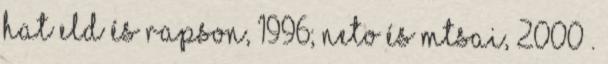
Hatﬁeld és Rapson, 1996; Neto és mtsai, 2000 .